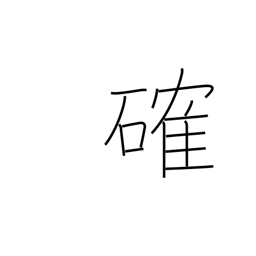
Meaning: firm